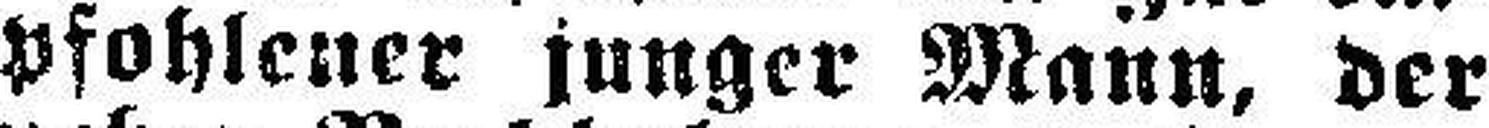
pfohlener junger Mann, der